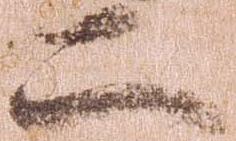
二